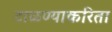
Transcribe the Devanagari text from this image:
टाळण्याकरिता